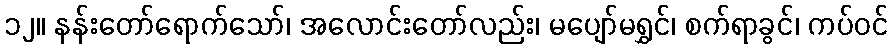
၁၂။ နန်းတော်ရောက်သော်၊ အလောင်းတော်လည်း၊ မပျော်မရွှင်၊ စက်ရာခွင်၊ ကပ်ဝင်